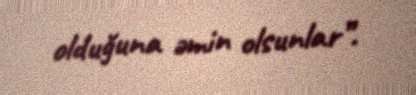
olduğuna əmin olsunlar”.